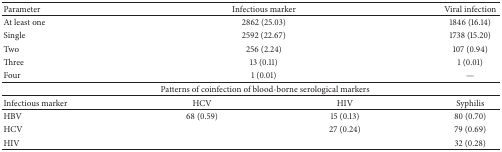
<table><thead><tr><td><b>Parameter</b></td><td colspan="2"><b>Infectious marker</b></td><td><b>Viral infection</b></td></tr></thead><tbody><tr><td>At least one</td><td colspan="2">2862 (25.03)</td><td>1846 (16.14)</td></tr><tr><td>Single</td><td colspan="2">2592 (22.67)</td><td>1738 (15.20)</td></tr><tr><td>Two</td><td colspan="2">256 (2.24)</td><td>107 (0.94)</td></tr><tr><td>Three</td><td colspan="2">13 (0.11)</td><td>1 (0.01)</td></tr><tr><td>Four</td><td colspan="2">1 (0.01)</td><td>—</td></tr><tr><td colspan="4"> Patterns of coinfection of blood-borne serological markers</td></tr><tr><td>Infectious marker</td><td>HCV</td><td>HIV</td><td>Syphilis</td></tr><tr><td>HBV</td><td>68 (0.59)</td><td>15 (0.13)</td><td>80 (0.70)</td></tr><tr><td>HCV</td><td> </td><td>27 (0.24)</td><td>79 (0.69)</td></tr><tr><td>HIV</td><td> </td><td> </td><td>32 (0.28)</td></tr></tbody></table>